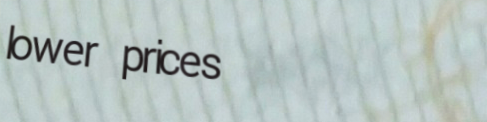
lower prices